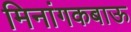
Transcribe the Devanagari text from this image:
मिनांगकबाऊ